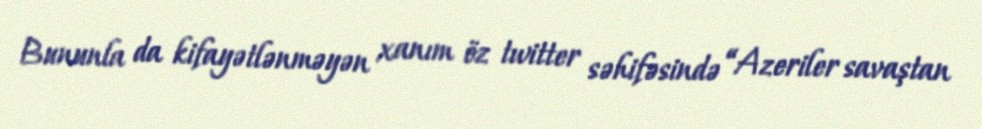
Bununla da kifayətlənməyən xanım öz twitter səhifəsində “Azeriler savaştan